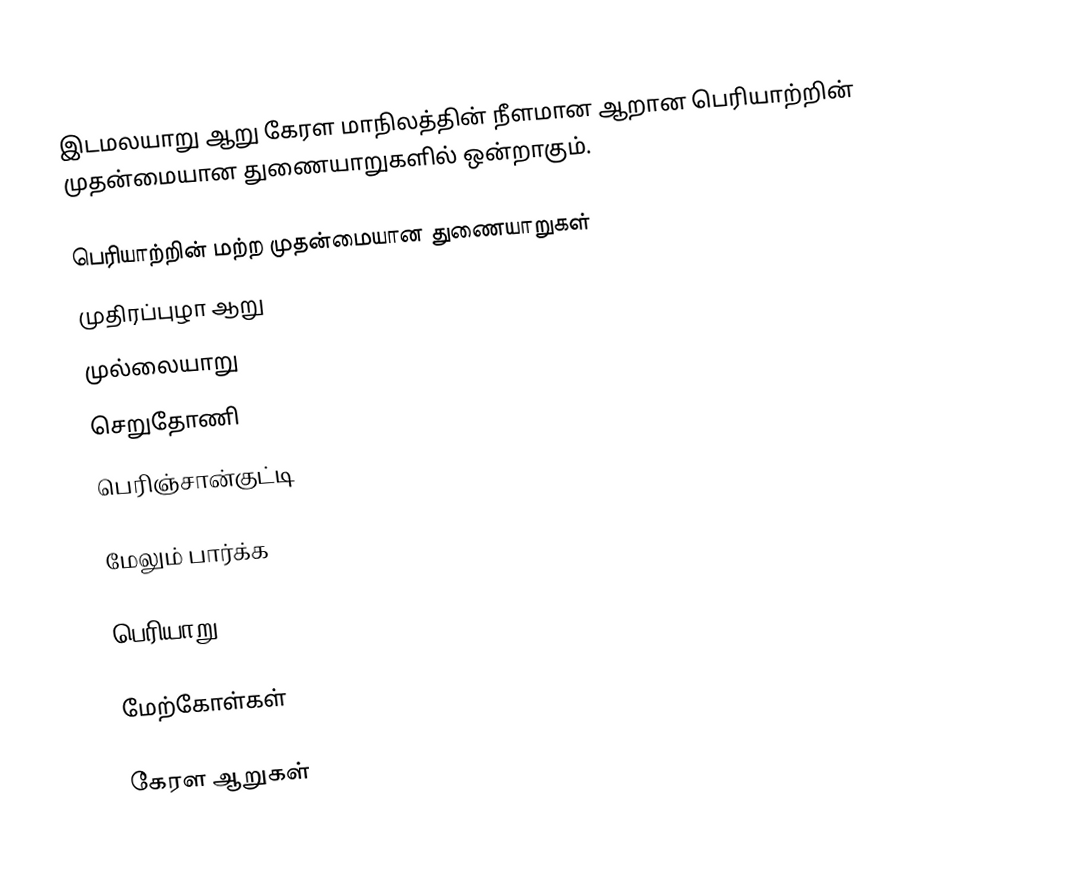
இடமலயாறு ஆறு கேரள மாநிலத்தின் நீளமான ஆறான பெரியாற்றின் முதன்மையான துணையாறுகளில் ஒன்றாகும்.

பெரியாற்றின் மற்ற முதன்மையான துணையாறுகள்
 முதிரப்புழா ஆறு
 முல்லையாறு
 செறுதோணி
 பெரிஞ்சான்குட்டி

மேலும் பார்க்க

 பெரியாறு

மேற்கோள்கள்

கேரள ஆறுகள்